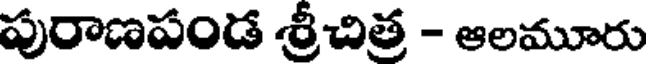
పురాణపండ శ్రీచిత్ర - ఆలమూరు